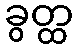
ခွတ္ထ